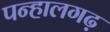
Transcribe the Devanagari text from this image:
पन्हालगढ़